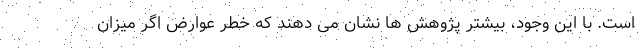
است. با این وجود، بیشتر پژوهش ها نشان می دهند که خطر عوارض اگر میزان